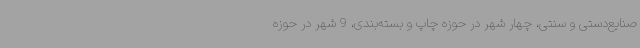
صنایع‌دستی و سنتی، چهار شهر در حوزه چاپ و بسته‌بندی، 9 شهر در حوزه